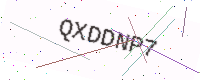
Text: QXDDNP7